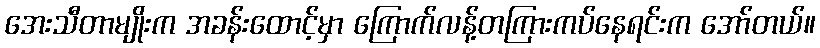
အေးသီတာမျိုးက အခန်းထောင့်မှာ ကြောက်လန့်တကြားကပ်နေရင်းက အော်တယ်။